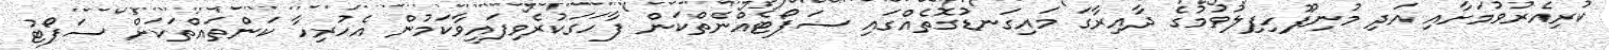
ކުރިއެރުވުމަށާއި އަދި މުނިފޫހިފިލުވުމުގެ ދާއިރާގަ މައިގަނޑުގޮތެއްގައި ސަޕޯޓެއްނެތްކަން ފާހަގަކުރެވިފައިވާކަމުން އެހުރިހާ ކަންތައްތަކަށް ސަޕޯޓު